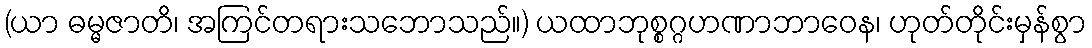
(ယာ ဓမ္မဇာတိ၊ အကြင်တရားသဘောသည်။) ယထာဘုစ္စဂ္ဂဟဏာဘာဝေန၊ ဟုတ်တိုင်းမှန်စွာ